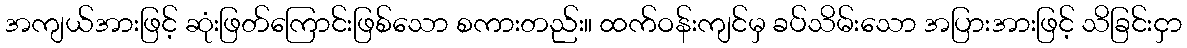
အကျယ်အားဖြင့် ဆုံးဖြတ်ကြောင်းဖြစ်သော စကားတည်း။ ထက်ဝန်းကျင်မှ ခပ်သိမ်းသော အပြားအားဖြင့် သိခြင်းငှာ